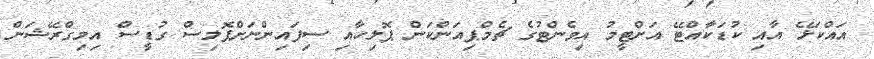
އައްކަޅޭ އާއި ކުޑަކާއްޓޭ އަށްޓީމު އިވެންޓުގެ ޗެމްޕިއަންކަން ޕޮލިހާއި ސިފައިންނަށްޕޮލިސް ގުޑީސް އިމިގްރޭޝަން